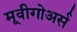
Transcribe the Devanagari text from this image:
मूवीगोअर्स